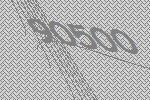
90500